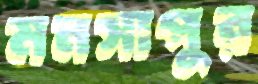
মনসাপুর